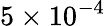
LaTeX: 5\times 10^{-4}